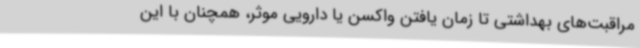
مراقبت‌های بهداشتی تا زمان یافتن واکسن یا دارویی موثر، همچنان با این